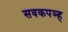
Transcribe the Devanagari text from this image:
सवकपञ्ह